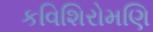
કવિશિરોમણિ